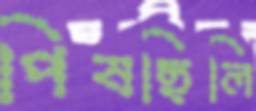
পিষছিলি